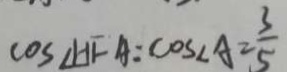
\cos \angle H F A : \cos \angle A = \frac { 3 } { 5 }